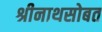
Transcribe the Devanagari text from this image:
श्रीनाथसोबत